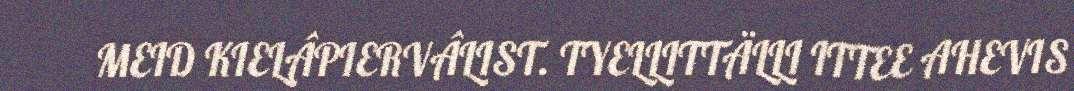
MEID KIELÂPIERVÂLIST. TYELLITTÄLLI ITTEE AHEVIS